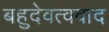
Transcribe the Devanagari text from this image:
बहुदेवत्ववाद